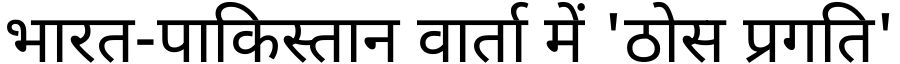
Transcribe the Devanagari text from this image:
भारत-पाकिस्तान वार्ता में 'ठोस प्रगति'